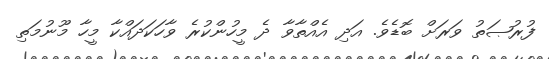
ފުރުޞަތު ވަރަށް ބޮޑެވެ. އަދި އެއްތާވާ ދެ މީހުންކުރެ ވާހަކަދައްކާ މީހާ މޫނުމަތި